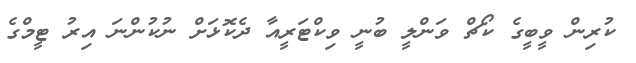
ކުރިން ވީބީގެ ކޯޗް ވަންލީ ބުނީ ވިކްޓަރީއާ ދެކޮޅަށް ނުކުންނަ އިރު ޓީމްގެ